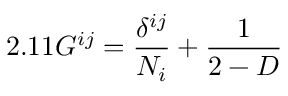
2 . 1 1 G ^ { i j } = \frac { \delta ^ { i j } } { N _ { i } } + \frac { 1 } { 2 - D }